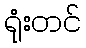
ရုံးတင်